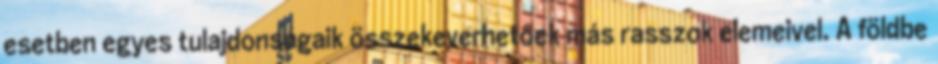
esetben egyes tulajdonságaik összekeverhetőek más rasszok elemeivel. A földbe